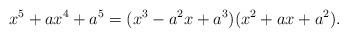
LaTeX: \begin{align*} x^5+ax^4+a^5=(x^3-a^2x+a^3)(x^2+ax+a^2). \end{align*}